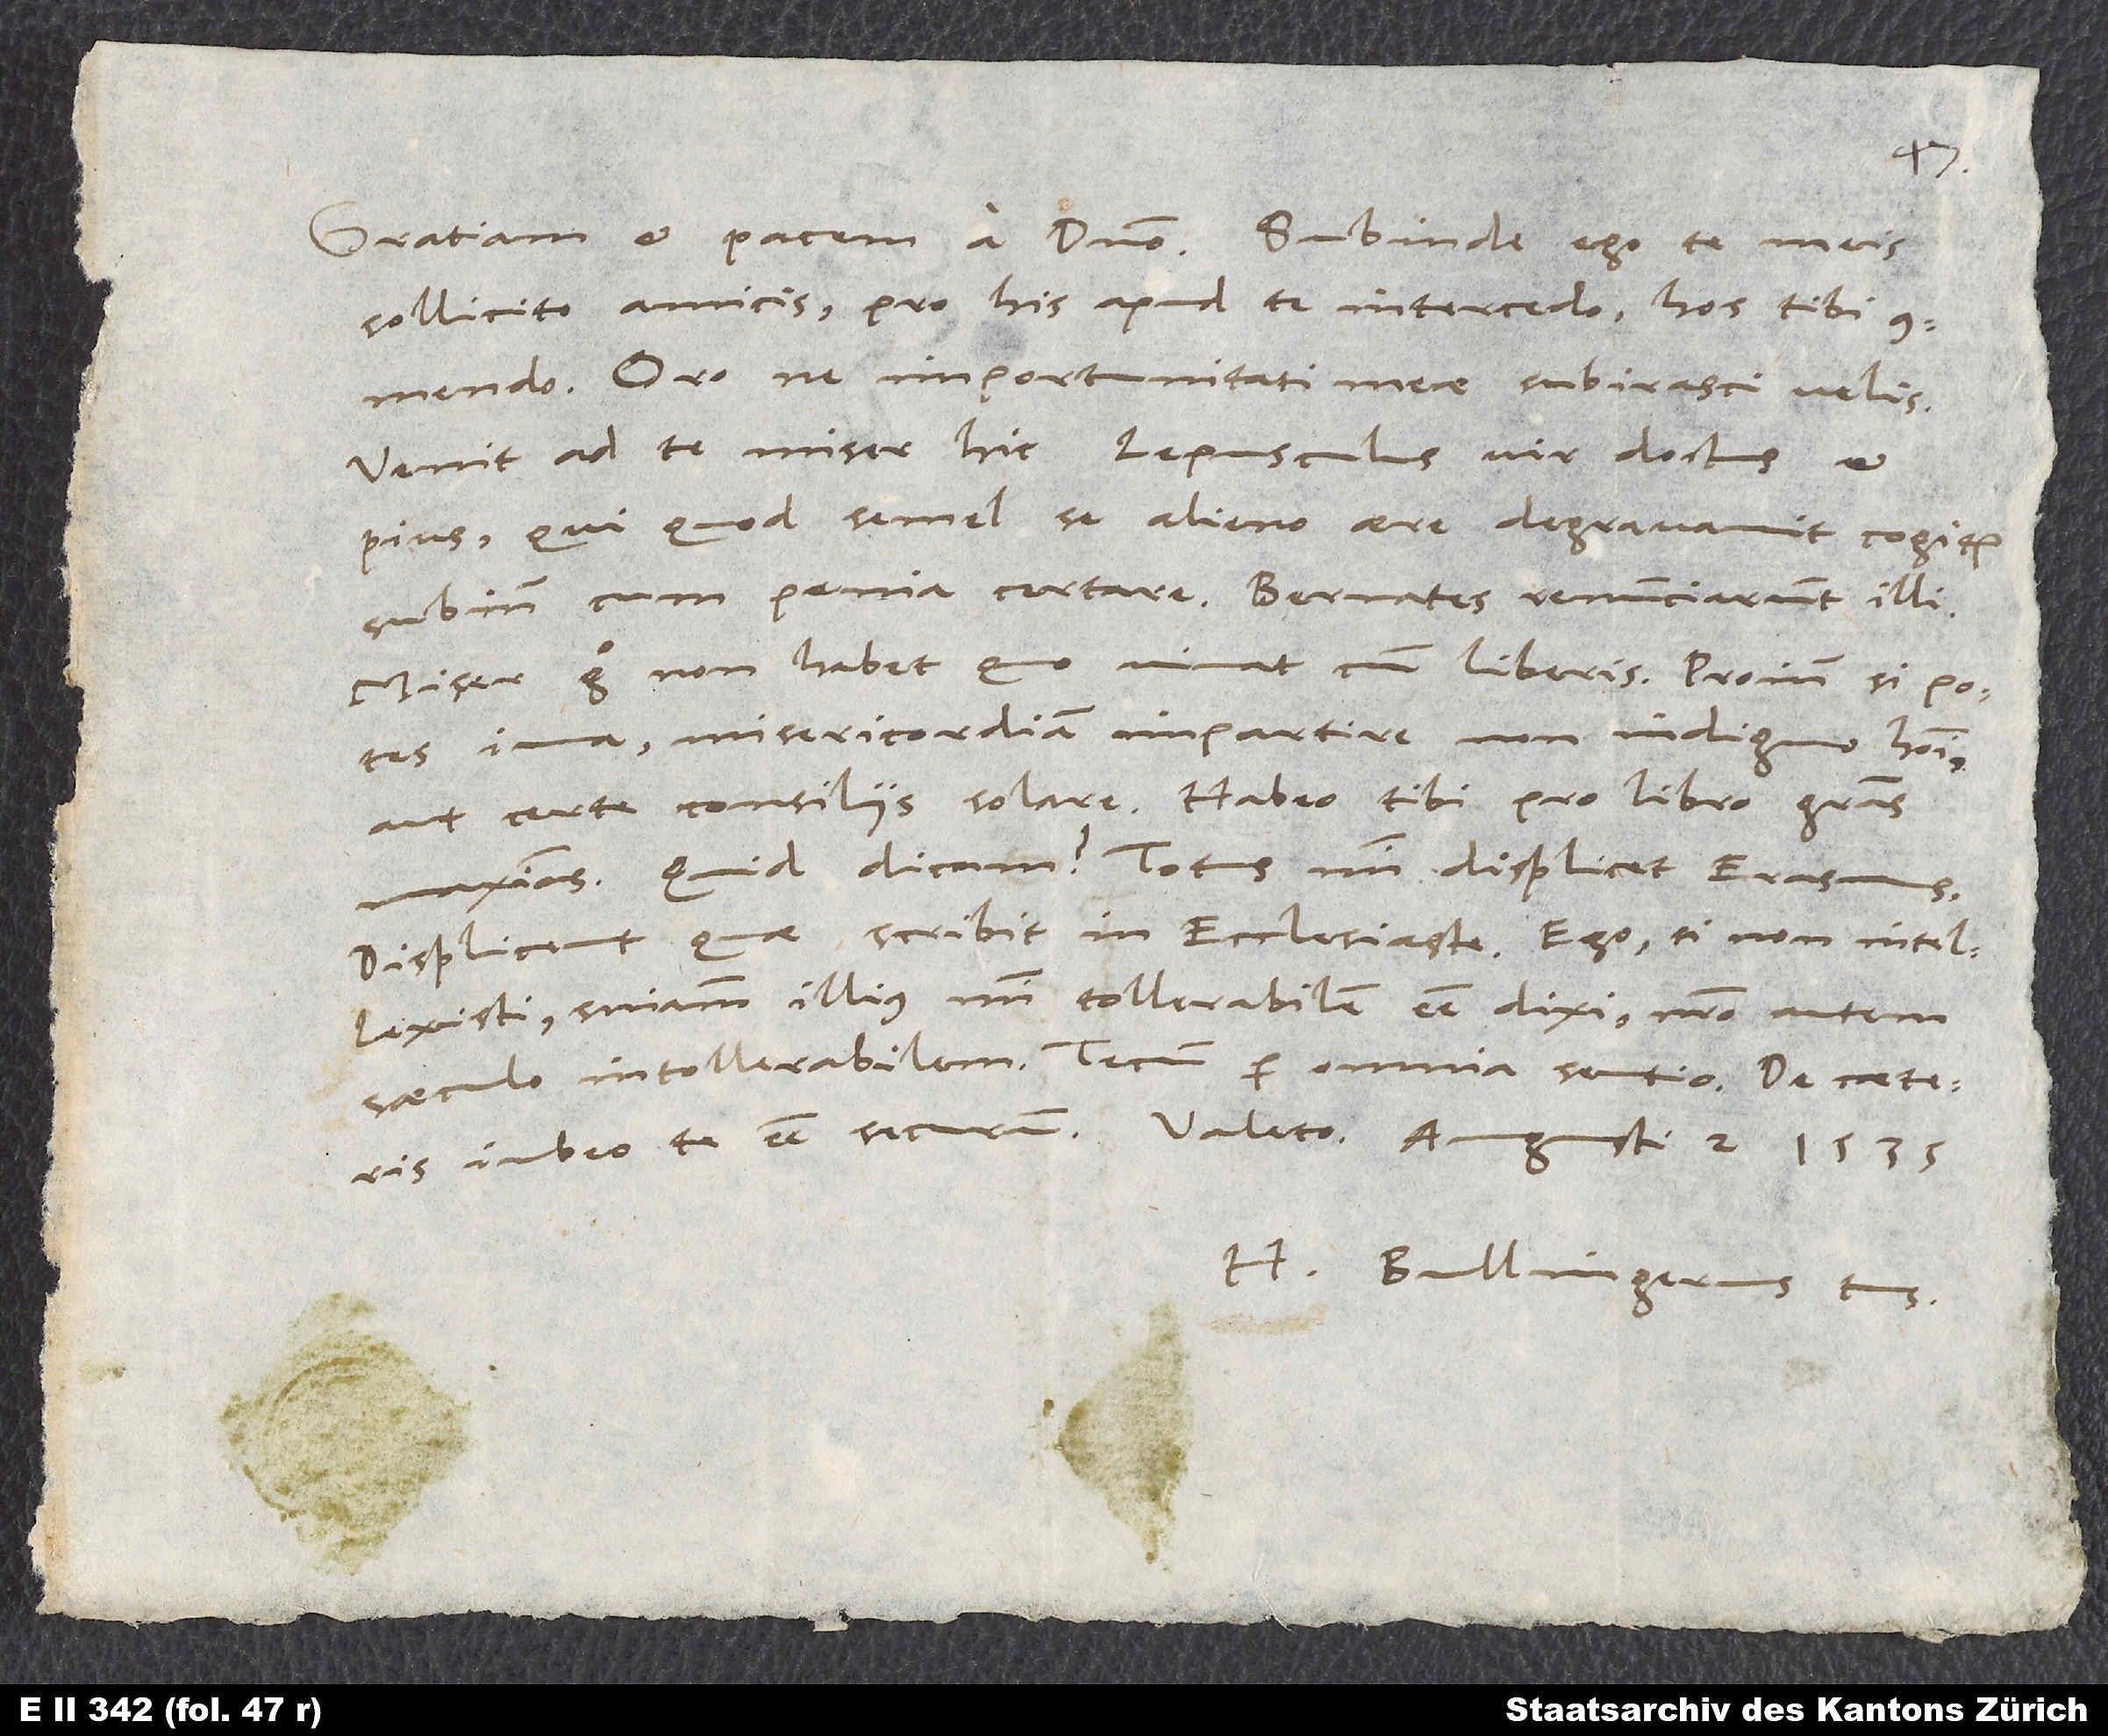
sollicito amicis, pro his apud te intercedo, hos tibi
Oro, ne importunitati meae subirasci velis.
Venit ad te miser hic Lepusculus, vir doctus et
pius, qui quod semel se alieno aere degravavit, cogitur
subinde cum penia certare. Bernates renunciarunt illi.
Miser ergo non habet, quo vivat cum liberis. Proinde, si potes,
iuva misericordiam impartire non indigno homini,
maximas. Quid dicam? Totus mihi displicet Erasmus.
Displicent, quae scribit in Ecclesiaste. Ego, si non intellexisti,
sententiam illius mihi tollerabilem esse dixi, nostro autem
saeculo intollerabilem. Tecum per omnia sentio.
H. Bullingerus tuus.